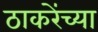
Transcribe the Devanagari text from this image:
ठाकरेंच्या